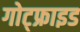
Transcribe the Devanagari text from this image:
गोट्फ्राइड